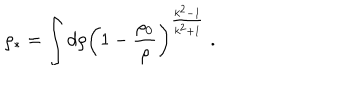
\rho _ { * } = \int d \rho \left( 1 - \frac { \rho _ { 0 } } { \rho } \right) ^ { \frac { k ^ { 2 } - 1 } { k ^ { 2 } + 1 } } \; .